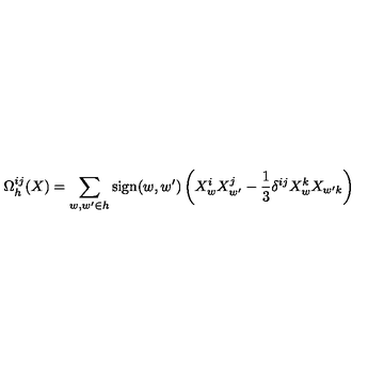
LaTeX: \Omega _ { h } ^ { i j } ( X ) = \sum _ { w , { w ^ { \prime } } \in h } \mathrm { s i g n } ( w , { w ^ { \prime } } ) \left( X _ { w } ^ { i } X _ { w ^ { \prime } } ^ { j } - { \frac { 1 } { 3 } } \delta ^ { i j } X _ { w } ^ { k } X _ { w ^ { \prime } k } \right)